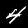
Label: 4